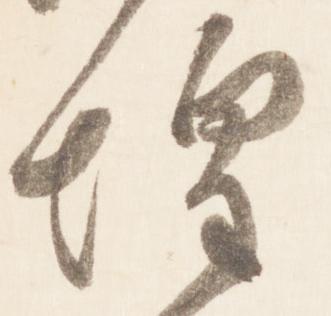
惶